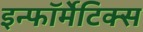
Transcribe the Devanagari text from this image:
इन्फॉर्मेटिक्स